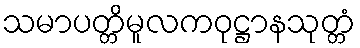
သမာပတ္တိမူလကဝုဋ္ဌာနသုတ္တံ